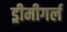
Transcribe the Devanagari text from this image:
ड्रीमीगर्ल